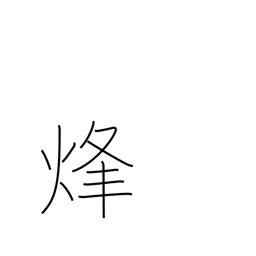
Meaning: signal fire